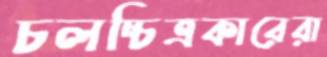
চলচ্চিত্রকারেরা